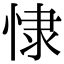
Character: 㥆